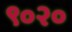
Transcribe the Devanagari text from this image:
९०२०